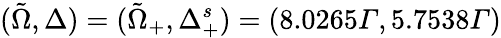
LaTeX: (\tilde{\Omega},\Delta)=(\tilde{\Omega}_{+},\Delta_{+}^{s})=(8.0265Γ,5.7538Γ)